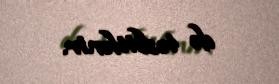
də təsbitlənir.